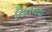
નિતનવા